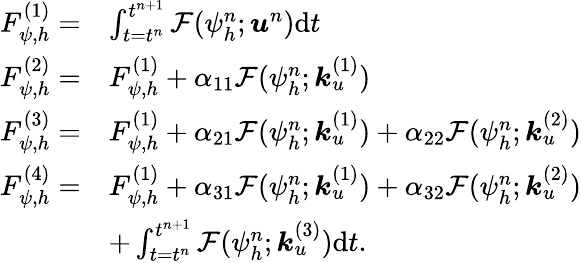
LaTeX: \begin{array}{rl}{F_{\psi,h}^{(1)}=}&{\int_{t=t^{n}}^{t^{n+1}}\mathcal{F}({\psi}_{h}^{n};\boldsymbol{u}^{n})\mathrm{d}t}\\ {F_{\psi,h}^{(2)}=}&{F_{\psi,h}^{(1)}+\alpha_{11}\mathcal{F}({\psi}_{h}^{n};\boldsymbol{k}_{u}^{(1)})}\\ {F_{\psi,h}^{(3)}=}&{F_{\psi,h}^{(1)}+\alpha_{21}\mathcal{F}({\psi}_{h}^{n};\boldsymbol{k}_{u}^{(1)})+\alpha_{22}\mathcal{F}({\psi}_{h}^{n};\boldsymbol{k}_{u}^{(2)})}\\ {F_{\psi,h}^{(4)}=}&{F_{\psi,h}^{(1)}+\alpha_{31}\mathcal{F}({\psi}_{h}^{n};\boldsymbol{k}_{u}^{(1)})+\alpha_{32}\mathcal{F}({\psi}_{h}^{n};\boldsymbol{k}_{u}^{(2)})}\\ &{+\int_{t=t^{n}}^{t^{n+1}}\mathcal{F}({\psi}_{h}^{n};\boldsymbol{k}_{u}^{(3)})\mathrm{d}t.}\end{array}